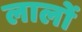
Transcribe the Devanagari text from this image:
लालों